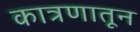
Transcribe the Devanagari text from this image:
कात्रणातून